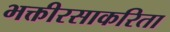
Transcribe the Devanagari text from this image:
भक्तीरसाकरिता